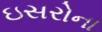
ઇસરોના